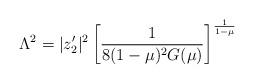
LaTeX: \begin{align*}\Lambda^2 = |z'_2|^2 \left[ \frac{1}{8(1-\mu)^2G(\mu)}\right]^{\frac{1}{1-\mu}}\end{align*}